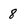
Character: 8